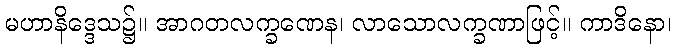
မဟာနိဒ္ဒေသ၌။ အာဂတလက္ခဏေန၊ လာသောလက္ခဏာဖြင့်။ ကာဒိနော၊